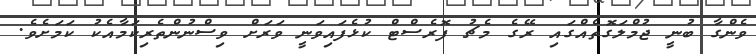
ވެންގާ ބުނީ ޖުމްލަގޮތެއްގައި ރޭގެ މެޗު ފޮރެސްޓް ކުޅެފައިވަނީ ވަރަށް ވިސްނުންތެރިކަމާއެކު ކަމަށެވެ.